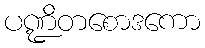
ပဏ္ဍိတစောဒကော